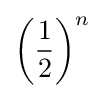
\left({\frac {1}{2}}\right)^{n}